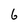
Character: 6